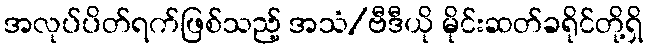
အလုပ်ပိတ်ရက်ဖြစ်သည့် အသံ/ဗီဒီယို မိုင်းဆတ်ခရိုင်တို့ရှိ